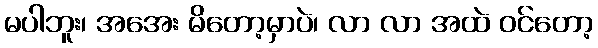
မပါဘူး၊ အအေး မိတော့မှာပဲ၊ လာ လာ အထဲ ဝင်တော့